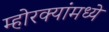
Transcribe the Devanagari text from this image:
म्होरक्यांमध्ये